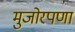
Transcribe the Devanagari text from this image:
मुजोरपणा